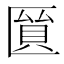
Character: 𠥘